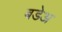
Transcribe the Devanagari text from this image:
बडेअ